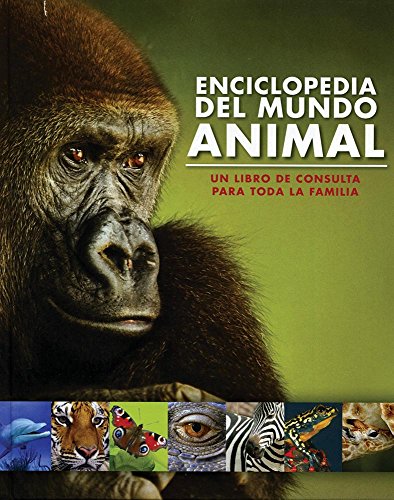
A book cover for Enciclopedia Del Mundo Animal (Family Encyclopedia) (Spanish Edition); Parragon Books; Reference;